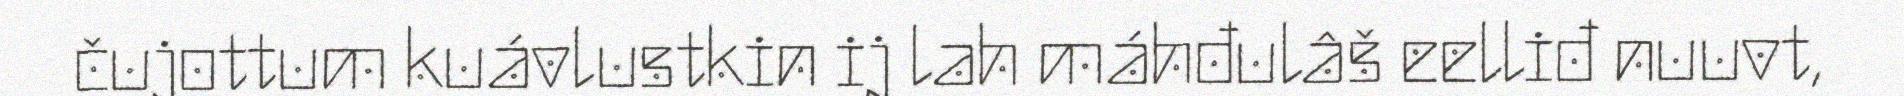
čujottum kuávlustkin ij lah máhđulâš eelliđ nuuvt,